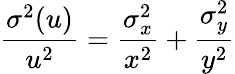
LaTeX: \frac{\sigma^{2}(u)}{u^{2}}=\frac{\sigma_{x}^{2}}{x^{2}}+\frac{\sigma_{y}^{2}}{y^{2}}